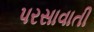
પરસાવાતી